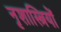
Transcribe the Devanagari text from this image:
नृशास्त्रियों